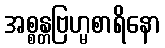
အစ္စန္တဗြဟ္မစာရိနော